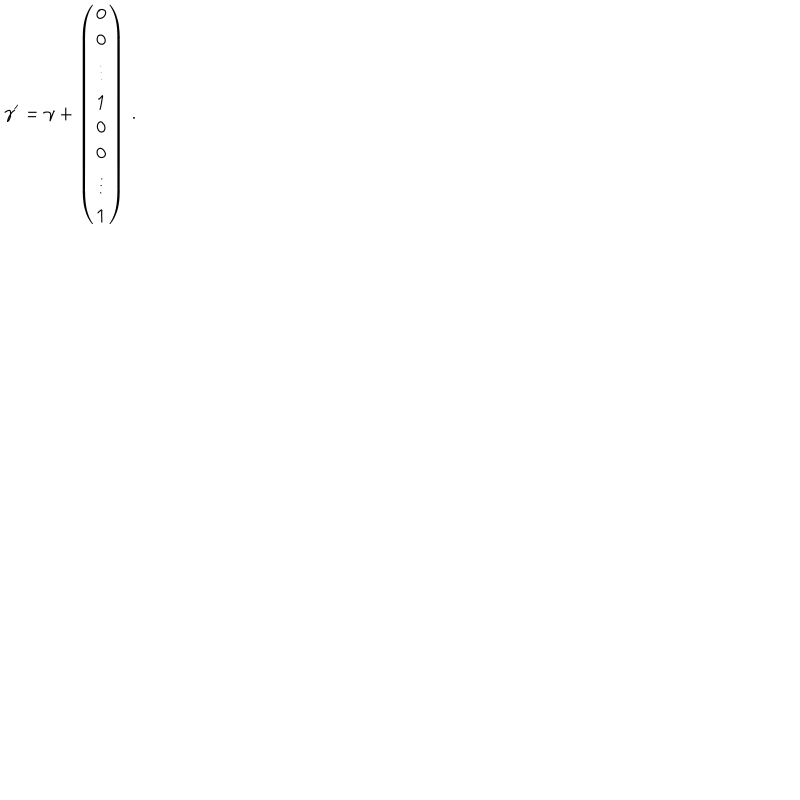
\gamma ^ { \prime } = \gamma + \left( \begin{matrix} { { 0 } } \\ { { 0 } } \\ { { \vdots } } \\ { { 1 } } \\ { { 0 } } \\ { { 0 } } \\ { { \vdots } } \\ { { 1 } } \\ \end{matrix} \right) \, .